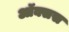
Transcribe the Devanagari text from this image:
ऑक्सस